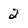
Character: 2